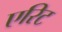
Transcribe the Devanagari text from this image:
एरिट